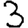
Digit: 3